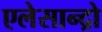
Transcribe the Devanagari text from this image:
एलेसान्द्रो